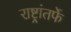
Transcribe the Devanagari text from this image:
राष्ट्रांतर्फे